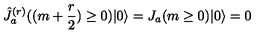
\hat { J } _ { a } ^ { ( r ) } ( ( m + \frac { r } { 2 } ) \geq 0 ) | 0 \rangle = J _ { a } ( m \geq 0 ) | 0 \rangle = 0